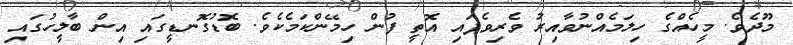
މޫދެވެ. މީހެއްގެ ހިލަމެއްނުވާއިރު ވެރިވެފައި އޮތީ ފުން ހިމޭންކަމެކެވެ. ބޮޑުގޮނޑީގައި އިން ބާލީހުގައި